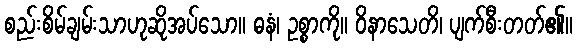
စည်းစိမ်ချမ်းသာဟုဆိုအပ်သော။ ဓနံ၊ ဥစ္စာကို။ ဝိနာသေတိ၊ ပျက်စီးတတ်၏။